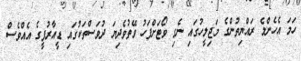
ހަމަ އެހެންމެ ރައްޔިތުންގެ މަޖިލީހުގައި ނެގި ވޯޓަށްފަހު ވޭތުވެދިޔަ ދުވަސްތަކުގައި ޑީއާރުޕީގެ އެއްވެސް